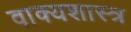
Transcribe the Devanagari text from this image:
वाक्यशास्त्र